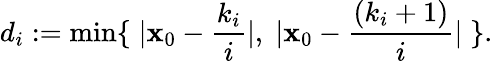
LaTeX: d_{i}:=\operatorname*{min}\{ \; |\mathbf{x}_{0}-{\frac{{k_{i}}}{{i}}}|,\; |\mathbf{x}_{0}-{\frac{{(k_{i}+1)}}{{i}}}|\; \} .